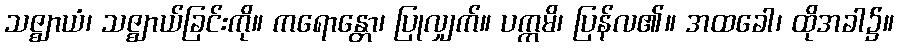
သဇ္ဈာယံ၊ သဇ္ဈာယ်ခြင်းကို။ ကရောန္တော၊ ပြုလျှက်။ ပက္ကမိ၊ ပြန်လ၏။ အထခေါ၊ ထိုအခါ၌။